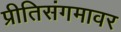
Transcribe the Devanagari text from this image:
प्रीतिसंगमावर